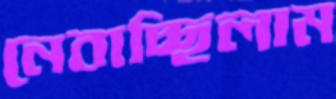
নেবাচ্ছিলাম